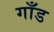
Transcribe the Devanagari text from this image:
गाँड